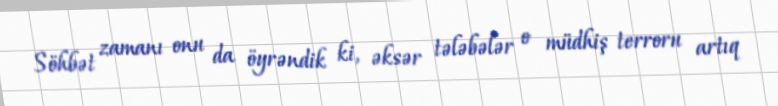
Söhbət zamanı onu da öyrəndik ki, əksər tələbələr o müdhiş terroru artıq